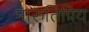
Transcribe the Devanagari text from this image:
मारुतिप्रिय